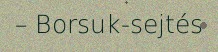
– Borsuk-sejtés